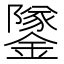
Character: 鐆